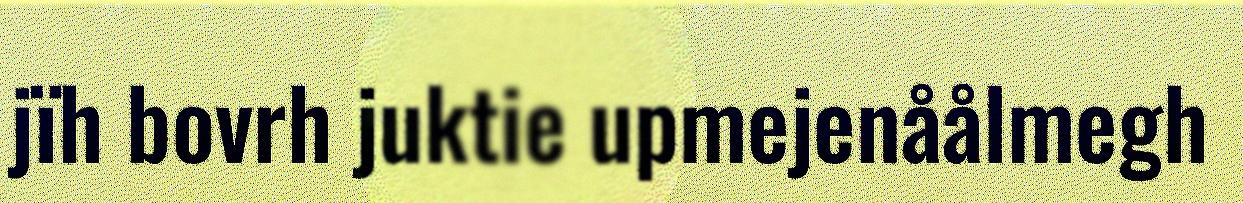
jïh bovrh juktie upmejenåålmegh